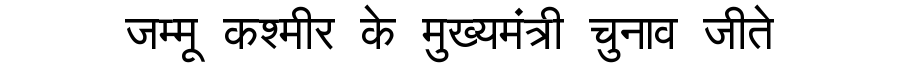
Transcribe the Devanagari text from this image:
जम्मू कश्मीर के मुख्यमंत्री चुनाव जीते